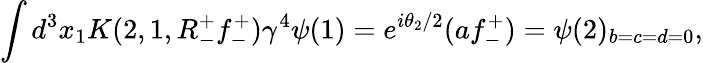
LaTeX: \int d^{3}x_{1}K(2,1,R_{-}^{+}f_{-}^{+})\gamma^{4}\psi(1)=e^{i\theta_{2}/2}(af_{-}^{+})=\psi(2)_{b=c=d=0},